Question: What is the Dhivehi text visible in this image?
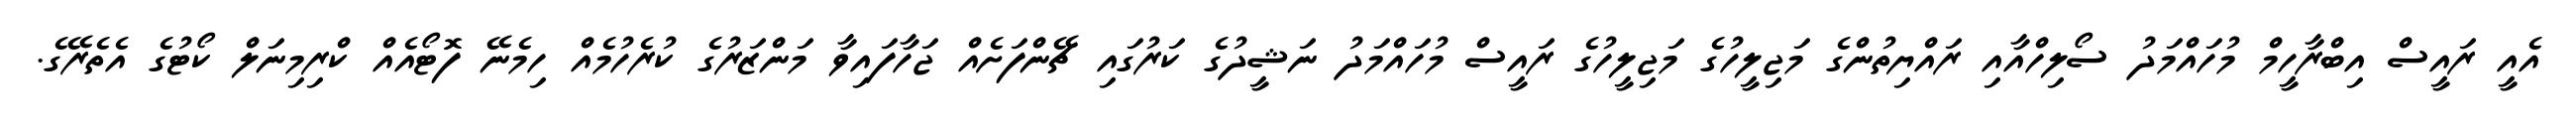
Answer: އެއީ ރައީސް އިބްރާހީމް މުހައްމަދު ސޯލިހްއާއި ރައްޔިތުންގެ މަޖިލީހުގެ މަޖިލީހުގެ ރައީސް މުހައްމަދު ނަޝީދުގެ ކަރުގައި ޗޭންފަށެއް ޖަހާފައިވާ މަންޒަރުގެ ކުރެހުމެއް ހިމެނޭ ފޮޓޯއެއް ކްރިމިނަލް ކޯޓުގެ އެތެރޭގެ.